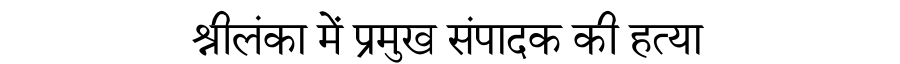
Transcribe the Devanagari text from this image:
श्रीलंका में प्रमुख संपादक की हत्या